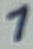
Text: 1